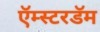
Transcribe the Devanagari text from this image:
ऍम्स्टरडॅम